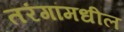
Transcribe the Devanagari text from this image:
तरंगांमधील